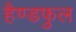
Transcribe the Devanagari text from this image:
हैण्डफुल